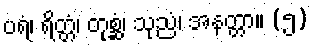
ပရံ၊ ရိတ္တံ၊ တုစ္ဆံ၊ သုညံ၊ အနတ္တာ။ (၅)